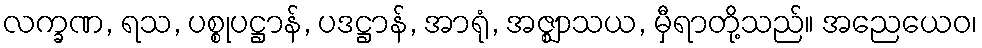
လက္ခဏ, ရသ, ပစ္စုပဋ္ဌာန်, ပဒဋ္ဌာန်, အာရုံ, အဇ္ဈာသယ, မှီရာတို့သည်။ အညေယေဝ၊